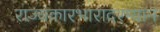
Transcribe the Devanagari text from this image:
राज्यकारभारादरम्यान